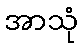
အာသုံ